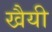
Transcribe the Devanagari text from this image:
खैयी